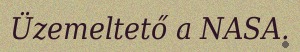
Üzemeltető a NASA.